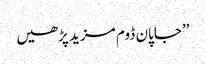
’’جاپان ڈوم مزید پڑھیں